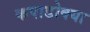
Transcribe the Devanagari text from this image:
कपाडोक्या